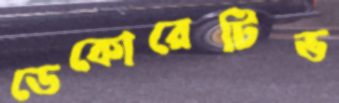
ডেকোরেটিভ